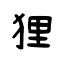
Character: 狸